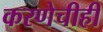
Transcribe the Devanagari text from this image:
करणेचीही